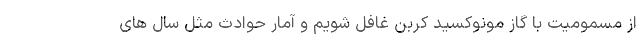
از مسمومیت با گاز مونوکسید کربن غافل شویم و آمار حوادث مثل سال های